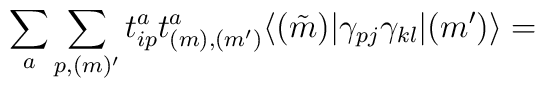
\sum_a \sum_{p, (m)^\prime }t^a_{ip} t^a_{ (m), (m^\prime )}\langle (\tilde{m}) |\gamma_{pj} \gamma_{kl}| (m^\prime )\rangle =